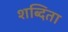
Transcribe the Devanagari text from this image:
शब्दिता